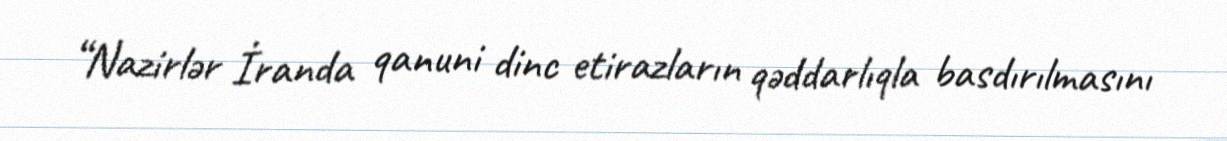
“Nazirlər İranda qanuni dinc etirazların qəddarlıqla basdırılmasını